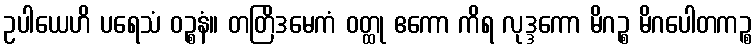
ဥပါယေဟိ ပရေသံ ဝဉ္စနံ။ တတြိဒမေကံ ဝတ္ထု ဧကော ကိရ လုဒ္ဒကော မိဂဉ္စ မိဂပေါတကဉ္စ